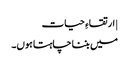
| ارتقاءِ حیات
میں بننا چاہتا ہوں۔